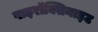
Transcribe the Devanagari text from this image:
पाइरॉक्सिनाइट